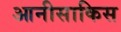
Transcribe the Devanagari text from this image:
आनीसाकिस